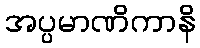
အပ္ပမာဏိကာနိ